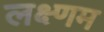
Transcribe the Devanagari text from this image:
लक्ष्णम